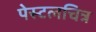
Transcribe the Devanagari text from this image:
पेस्टलचित्र